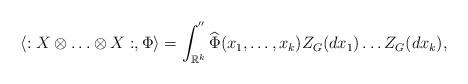
LaTeX: \begin{align*}\langle :X\otimes \ldots \otimes X:,\Phi \rangle = \int_{\mathbb{R}^k}^{''}\widehat{\Phi}(x_1,\ldots,x_k)Z_G(dx_1)\ldots Z_G(dx_k),\end{align*}